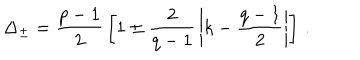
LaTeX: \Delta _ { \pm } = { \frac { p - 1 } { 2 } } \left[ 1 \pm { \frac { 2 } { q - 1 } } \left| k - { \frac { q - 1 } { 2 } } \right| \right] \, .